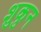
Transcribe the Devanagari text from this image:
शुकुन